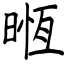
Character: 𣈶